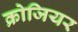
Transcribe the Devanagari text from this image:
क्रोजियर